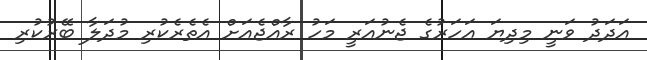
އަދަދު ވަނީ މިދިޔަ އަހަރުގެ ޖެނުއަރީ މަހު ރާއްޖެއަށް އެތެރެކުރި މުދަލާ ބޭރުކުރި